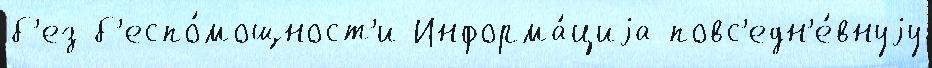
б'ез б'еспо́мощност'и Информа́циjа повс'едн'е́внуjу